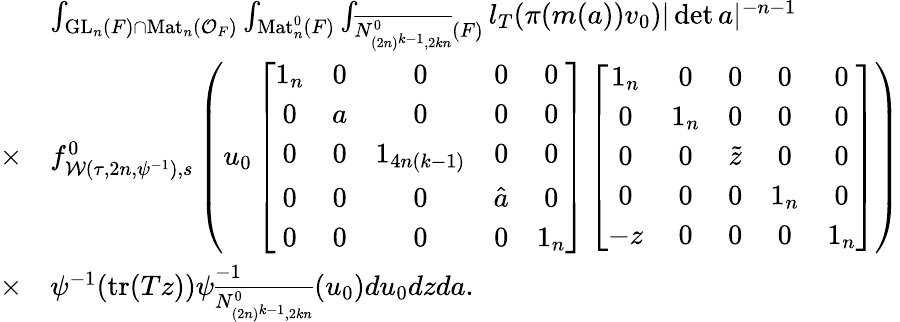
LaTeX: \begin{array}{rl}&{\int_{\mathrm{GL}_{n}(F)\cap\mathrm{Mat}_{n}(\mathcal{O}_{F})}\int_{\mathrm{Mat}_{n}^{0}(F)}\int_{\overline{{N_{(2n)^{k-1},2kn}^{0}}}(F)}l_{T}(\pi(m(a))v_{0})|\operatorname*{det}a|^{-n-1}}\\ {\times}&{f_{\mathcal{W}(\tau,2n,\psi^{-1}),s}^{0}\left(u_{0}\left[\begin{array}{ccccc}{1_{n}}&{0}&{0}&{0}&{0}\\ {0}&{a}&{0}&{0}&{0}\\ {0}&{0}&{1_{4n(k-1)}}&{0}&{0}\\ {0}&{0}&{0}&{\hat{a}}&{0}\\ {0}&{0}&{0}&{0}&{1_{n}}\end{array}\right]\left[\begin{array}{ccccc}{1_{n}}&{0}&{0}&{0}&{0}\\ {0}&{1_{n}}&{0}&{0}&{0}\\ {0}&{0}&{\tilde{z}}&{0}&{0}\\ {0}&{0}&{0}&{1_{n}}&{0}\\ {-z}&{0}&{0}&{0}&{1_{n}}\end{array}\right]\right)}\\ {\times}&{\psi^{-1}(\mathrm{tr}(Tz))\psi_{\overline{{N_{(2n)^{k-1},2kn}^{0}}}}^{-1}(u_{0})du_{0}dzda.}\end{array}